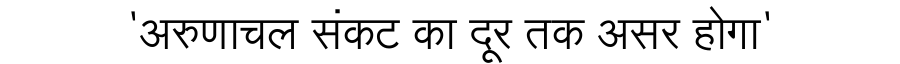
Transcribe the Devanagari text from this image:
'अरुणाचल संकट का दूर तक असर होगा'